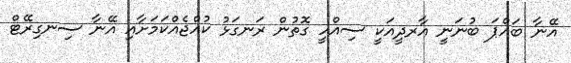
އޭނާ ބައްޕަ ބުނަނީ އާރދީއަކީ ސިއްހީ ގޮތުން ރަނގަޅު ކުއްޖެއްކަމަށާއި އޭނާ ސިނގިރޭޓް